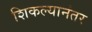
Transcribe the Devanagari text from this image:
शिकल्यानंतर